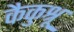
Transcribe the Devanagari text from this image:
कैकुश्रू